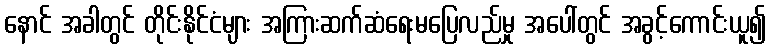
နောင် အခါတွင် တိုင်းနိုင်ငံများ အကြားဆက်ဆံရေးမပြေလည်မှု အပေါ်တွင် အခွင့်ကောင်းယူ၍